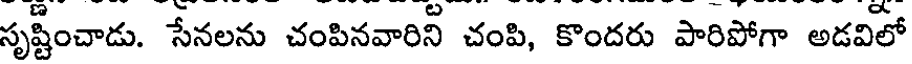
సృష్టించాడు. సేనలను చంపినవారిని చంపి, కొందరు పారిపోగా అడవిలో